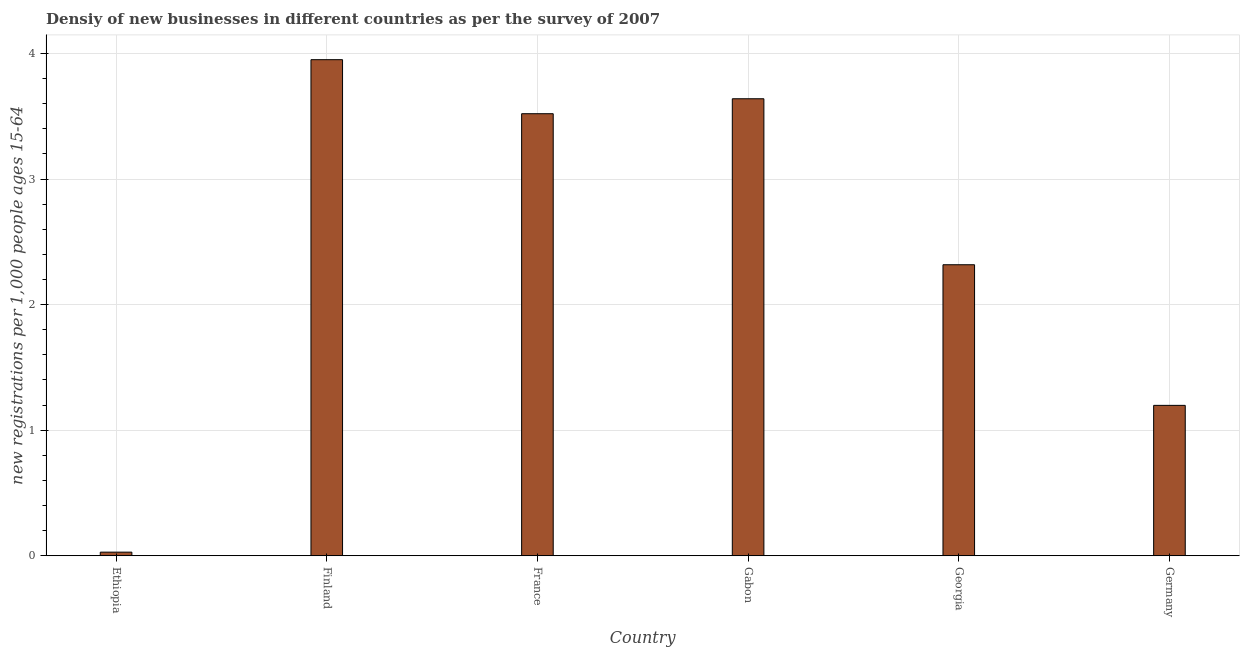
| Country | New business density |
 | --- | --- |
 | Ethiopia | 0.029 |
 | Finland | 3.95 |
 | France | 3.52 |
 | Gabon | 3.64 |
 | Georgia | 2.32 |
 | Germany | 1.2 |